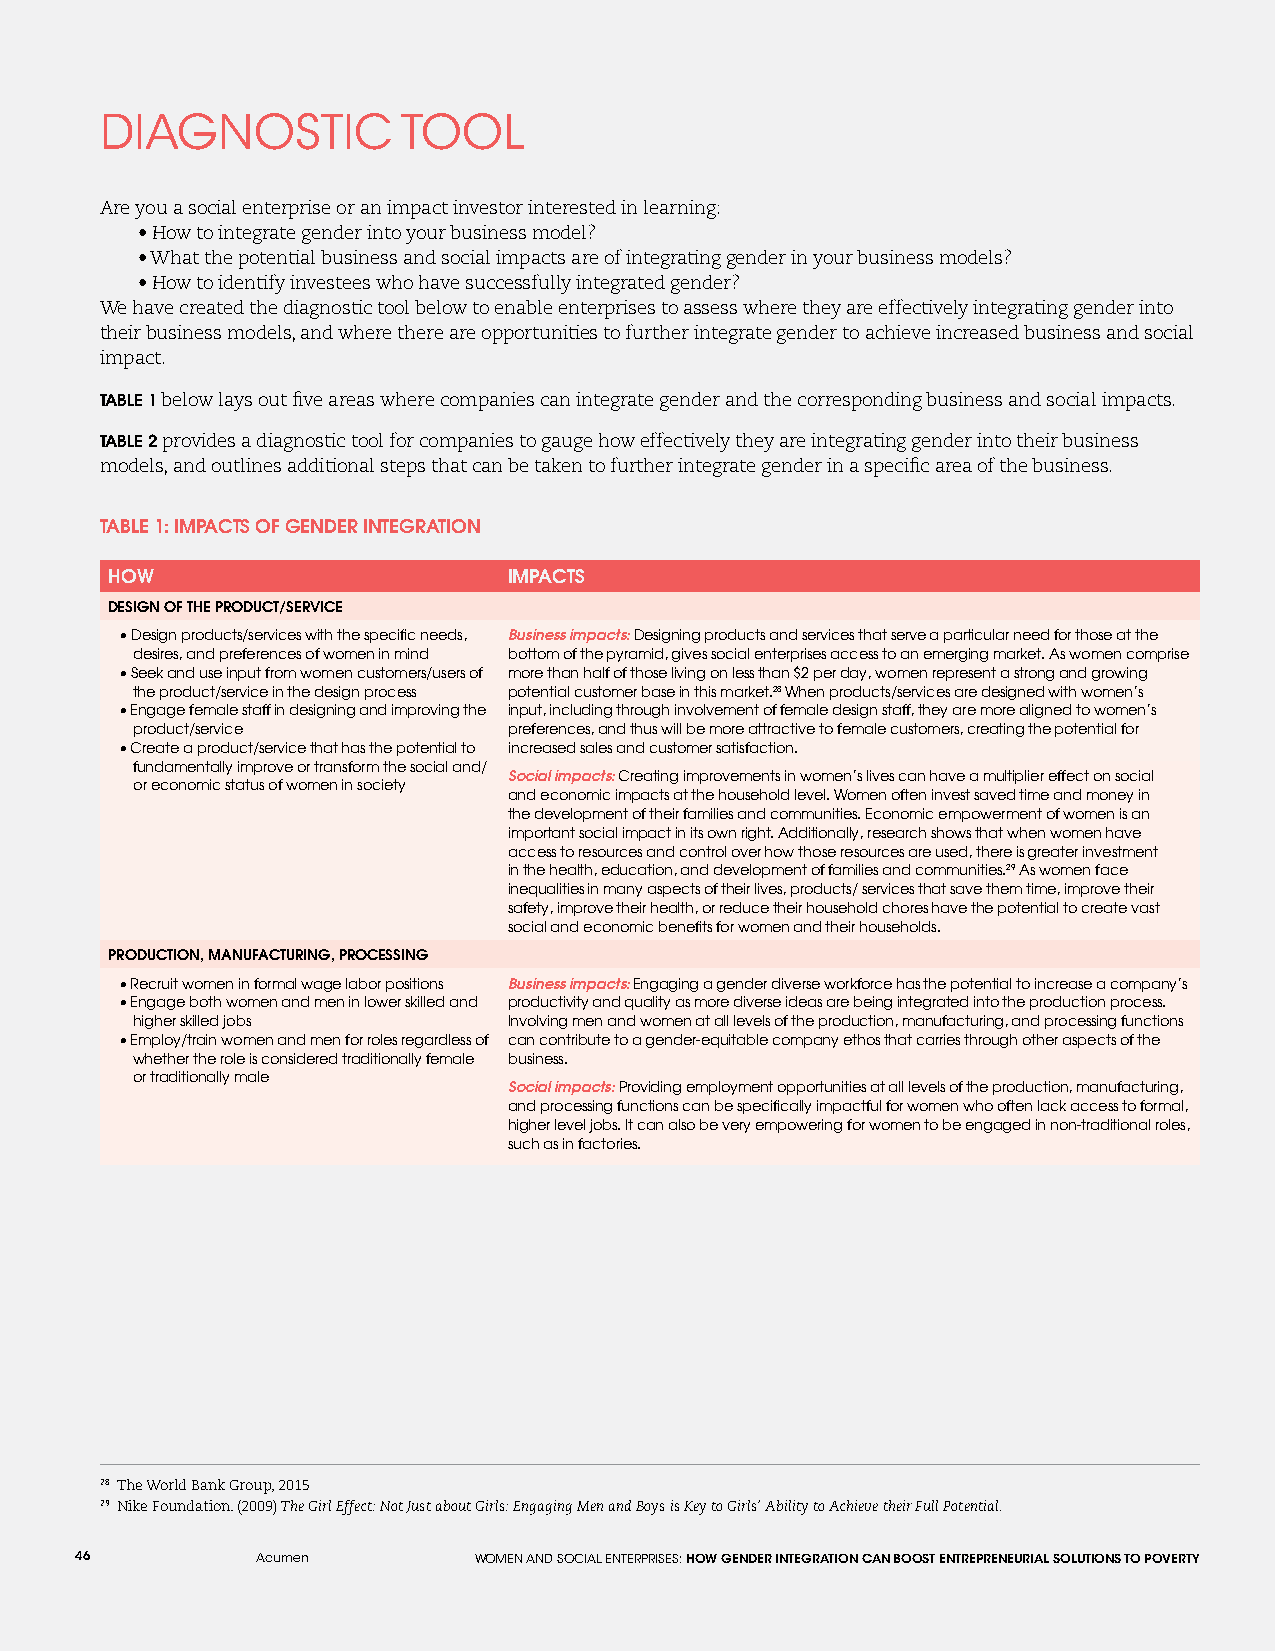
DIAGNOSTIC          TOOL
 Are you a social enterprise or an impact investor interested in learning:
 • How to integrate gender into your business model?
 • What the potential business and social impacts are of integrating gender in your business models?
 • How to identify investees who have successfully integrated gender?
 We have created the diagnostic tool below to enable enterprises to assess where they are effectively integrating gender into
 their business models, and where there are opportunities to further integrate gender to achieve increased business and social
 impact.
 TABLE 1 below lays out five areas where companies can integrate gender and the corresponding business and social impacts.
 TABLE 2 provides a diagnostic tool for companies to gauge how effectively they are integrating gender into their business
 models, and outlines additional steps that can be taken to further integrate gender in a specific area of the business.
 TABLE 1: IMPACTS OF GENDER INTEGRATION
 HOW                        IMPACTS
 DESIGN OF THE PRODUCT/SERVICE
 • Design products/services with the specific needs, Business impacts: Designing products and services that serve a particular need for those at the
 desires, and preferences of women in mind bottom of the pyramid, gives social enterprises access to an emerging market. As women comprise
 • Seek and use input from women customers/users of more than half of those living on less than $2 per day, women represent a strong and growing
 the product/service in the design process potential customer base in this market.28 When products/services are designed with women’s
 • Engage female staff in designing and improving the input, including through involvement of female design staff, they are more aligned to women’s
 product/service          preferences, and thus will be more attractive to female customers, creating the potential for
 • Create a product/service that has the potential to increased sales and customer satisfaction.
 fundamentally improve or transform the social and/
 Social impacts: Creating improvements in women’s lives can have a multiplier effect on social
 or economic status of women in society
 and economic impacts at the household level. Women often invest saved time and money in
 the development of their families and communities. Economic empowerment of women is an
 important social impact in its own right. Additionally, research shows that when women have
 access to resources and control over how those resources are used, there is greater investment
 in the health, education, and development of families and communities.29 As women face
 inequalities in many aspects of their lives, products/ services that save them time, improve their
 safety, improve their health, or reduce their household chores have the potential to create vast
 social and economic benefits for women and their households.
 PRODUCTION, MANUFACTURING, PROCESSING
 • Recruit women in formal wage labor positions Business impacts: Engaging a gender diverse workforce has the potential to increase a company’s
 • Engage both women and men in lower skilled and productivity and quality as more diverse ideas are being integrated into the production process.
 higher skilled jobs      Involving men and women at all levels of the production, manufacturing, and processing functions
 • Employ/train women and men for roles regardless of can contribute to a gender-equitable company ethos that carries through other aspects of the
 whether the role is considered traditionally female business.
 or traditionally male
 Social impacts: Providing employment opportunities at all levels of the production, manufacturing,
 and processing functions can be specifically impactful for women who often lack access to formal,
 higher level jobs. It can also be very empowering for women to be engaged in non-traditional roles,
 such as in factories.
 28 The World Bank Group, 2015
 29 Nike Foundation. (2009) The Girl Effect: Not Just about Girls: Engaging Men and Boys is Key to Girls’ Ability to Achieve their Full Potential.
 46          Acumen        WOMEN AND SOCIAL ENTERPRISES: HOW GENDER INTEGRATION CAN BOOST ENTREPRENEURIAL SOLUTIONS TO POVERTY